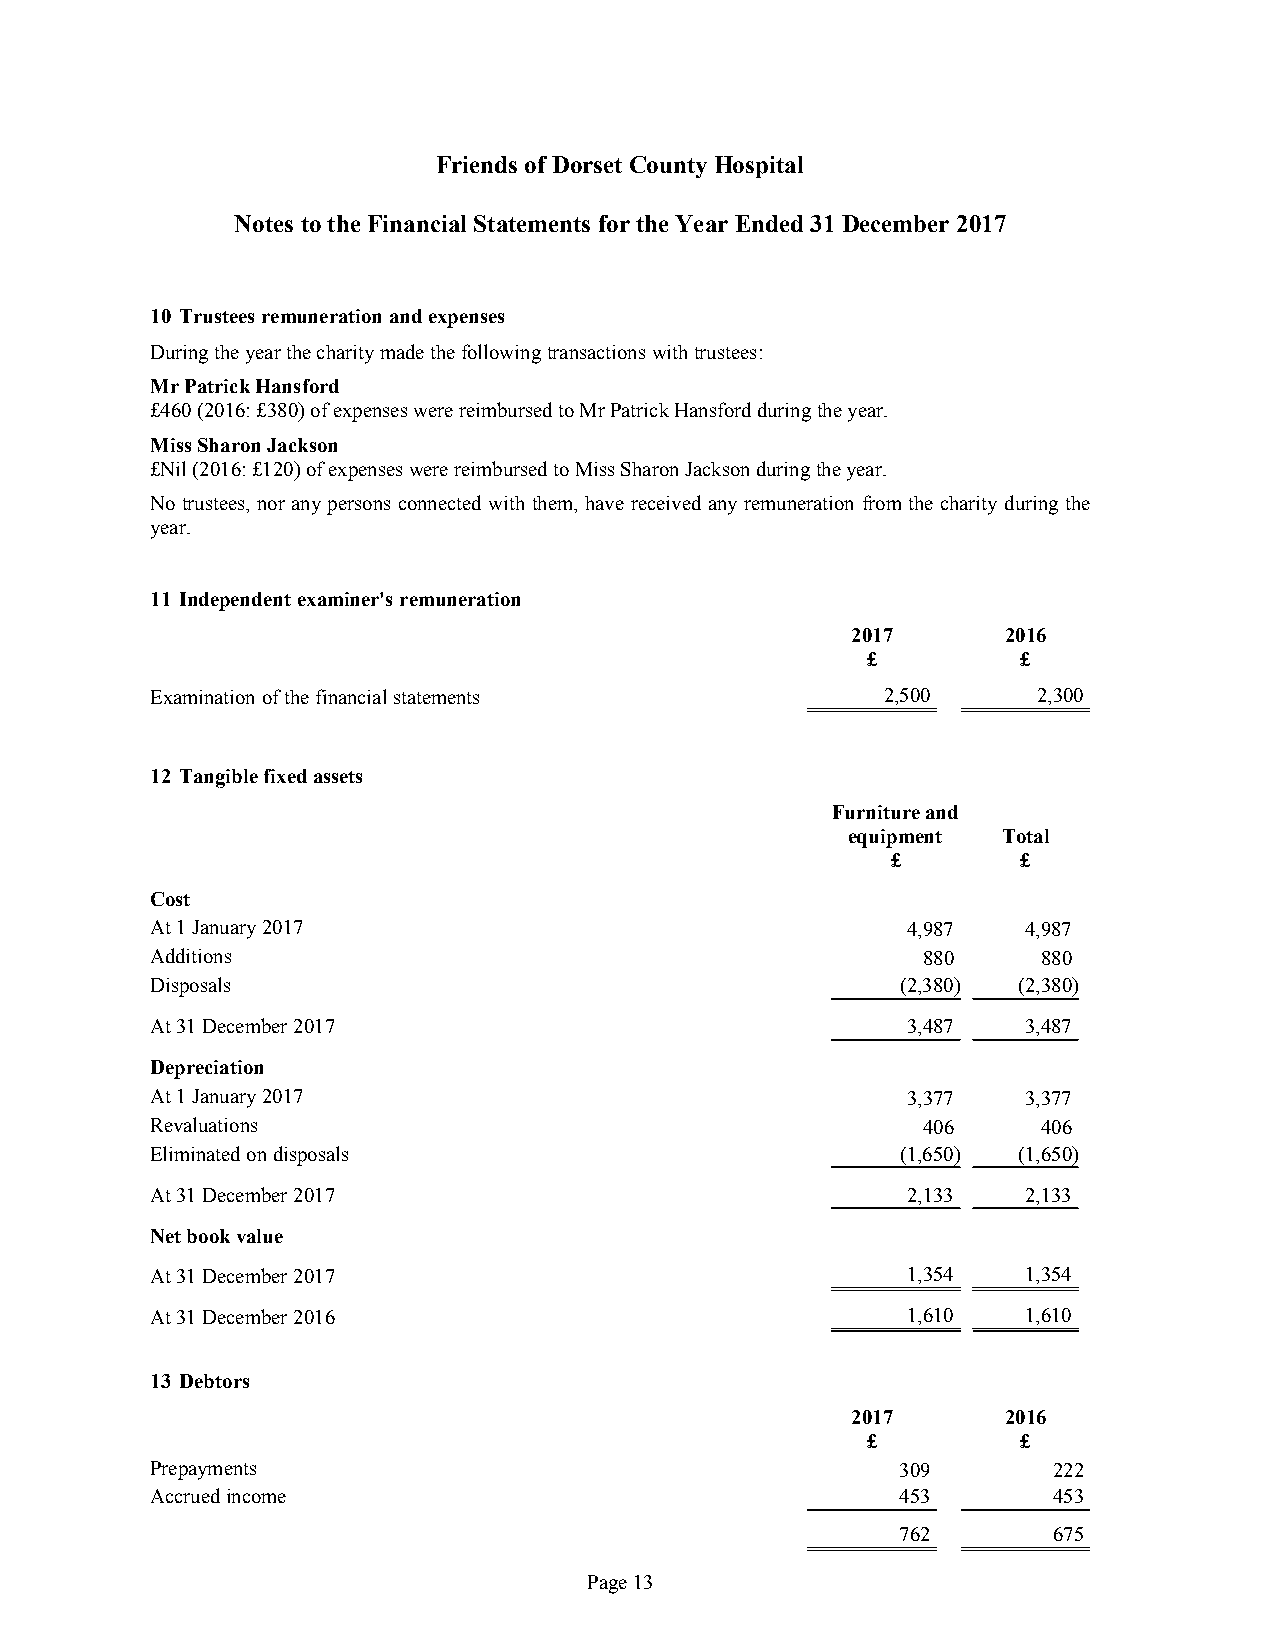
Friends ofDorset County Hospital
 Notes tothe Financial Statements forthe Year Ended31December 2017
 10 Trusteesremunerationandexpenses
 Duringtheyearthecharitymadethefollowingtransactionswithtrustees:
 MrPatrickHansford
 £460(2016:£380)ofexpenseswerereimbursedtoMrPatrickHansfordduringtheyear.
 MissSharonJackson
 £Nil(2016:£120)ofexpenseswerereimbursedtoMissSharonJacksonduringtheyear.
 No trustees, nor any persons connected with them, have received any remuneration from the charity during the
 year.
 11 Independentexaminer'sremuneration
 2017       2016
 £          £
 Examinationofthefinancialstatements             2,500      2,300
 12 Tangiblefixedassets
 Furnitureand
 equipment Total
 £        £
 Cost
 At1January2017                                    4,987   4,987
 Additions                                          880     880
 Disposals                                         (2,380) (2,380)
 At31December2017                                  3,487   3,487
 Depreciation
 At1January2017                                    3,377   3,377
 Revaluations                                       406     406
 Eliminatedondisposals                             (1,650) (1,650)
 At31December2017                                  2,133   2,133
 Netbookvalue
 At31December2017                                  1,354   1,354
 At31December2016                                  1,610   1,610
 13 Debtors
 2017       2016
 £          £
 Prepayments                                       309       222
 Accruedincome                                     453       453
 762       675
 Page13